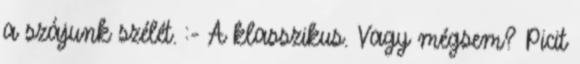
a szájunk szélét. :- A klasszikus. Vagy mégsem? Picit